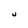
Character: U